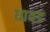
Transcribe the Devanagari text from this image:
धावड